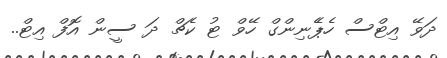
ދަވޭ އިޓްސް ހެޕެެނިންގް ހޭވް ޓު ކެޗް ދަ ސީން އޮފް އިޓް..